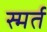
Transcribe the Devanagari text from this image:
स्मर्त